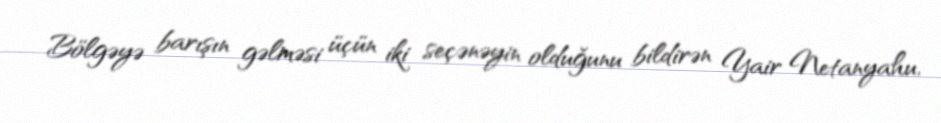
Bölgəyə barışın gəlməsi üçün iki seçənəyin olduğunu bildirən Yair Netanyahu,